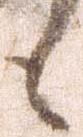
も